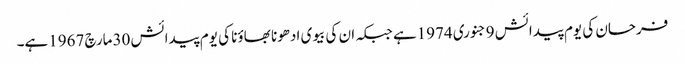
فرحان کی یوم پیدائش 9جنوری 1974ہے جبکہ ان کی بیوی ادھونا بھاؤنا کی یوم پیدائش 30مارچ 1967ہے۔